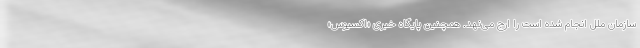
سازمان ملل انجام شده است را ارج می‌نهد. همچنین پایگاه خبری «اکسیوس»